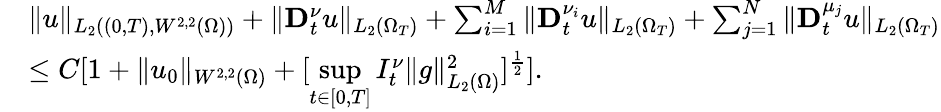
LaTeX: \begin{array}{rl}&{\| u\| _{L_{2}((0,T),W^{2,2}(\Omega))}+\| \mathbf{D}_{t}^{\nu}u\| _{L_{2}(\Omega_{T})}+\sum_{i=1}^{M}\| \mathbf{D}_{t}^{\nu_{i}}u\| _{L_{2}(\Omega_{T})}+\sum_{j=1}^{N}\| \mathbf{D}_{t}^{\mu_{j}}u\| _{L_{2}(\Omega_{T})}}\\ &{\leq C[1+\| u_{0}\| _{W^{2,2}(\Omega)}+[\underset{t\in[0,T]}{\operatorname*{sup}}I_{t}^{\nu}\| g\| _{L_{2}(\Omega)}^{2}]^{\frac{1}{2}}].}\end{array}